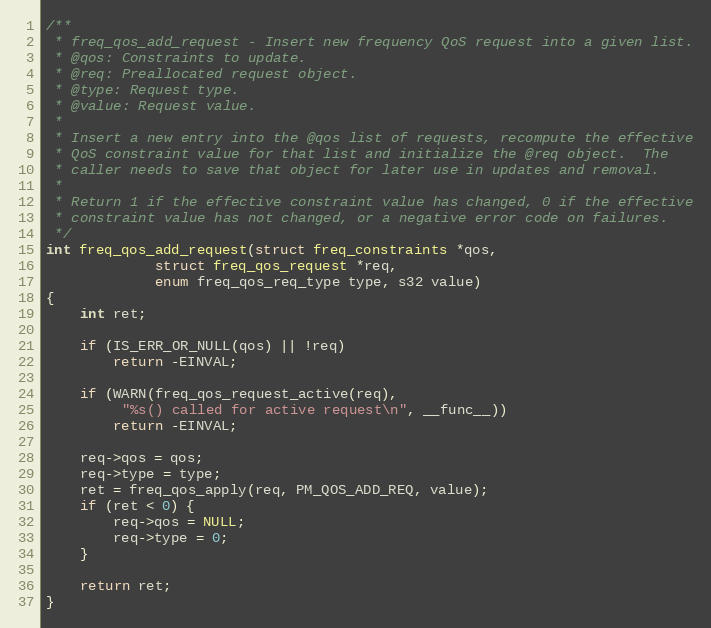
Language: C
/**
 * freq_qos_add_request - Insert new frequency QoS request into a given list.
 * @qos: Constraints to update.
 * @req: Preallocated request object.
 * @type: Request type.
 * @value: Request value.
 *
 * Insert a new entry into the @qos list of requests, recompute the effective
 * QoS constraint value for that list and initialize the @req object.  The
 * caller needs to save that object for later use in updates and removal.
 *
 * Return 1 if the effective constraint value has changed, 0 if the effective
 * constraint value has not changed, or a negative error code on failures.
 */
int freq_qos_add_request(struct freq_constraints *qos,
			 struct freq_qos_request *req,
			 enum freq_qos_req_type type, s32 value)
{
	int ret;

	if (IS_ERR_OR_NULL(qos) || !req)
		return -EINVAL;

	if (WARN(freq_qos_request_active(req),
		 "%s() called for active request\n", __func__))
		return -EINVAL;

	req->qos = qos;
	req->type = type;
	ret = freq_qos_apply(req, PM_QOS_ADD_REQ, value);
	if (ret < 0) {
		req->qos = NULL;
		req->type = 0;
	}

	return ret;
}